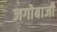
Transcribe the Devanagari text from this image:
जगोबाजी